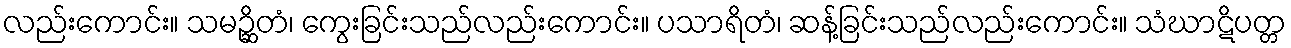
လည်းကောင်း။ သမဉ္ဆိတံ၊ ကွေးခြင်းသည်လည်းကောင်း။ ပသာရိတံ၊ ဆန့်ခြင်းသည်လည်းကောင်း။ သံဃာဋိပတ္တ